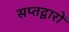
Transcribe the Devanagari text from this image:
सप्तद्वारों